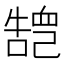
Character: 𢁏